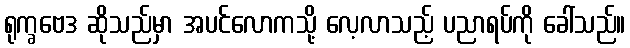
ရုက္ခဗေဒ ဆိုသည်မှာ အပင်လောကသို့ လေ့လာသည့် ပညာရပ်ကို ခေါ်သည်။